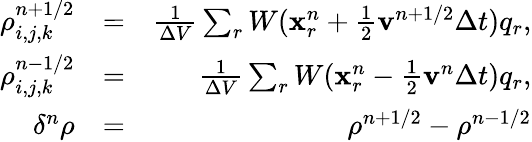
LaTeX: \begin{array}{rlr}{\rho_{i,j,k}^{n+1/2}}&{=}&{\frac{1}{\Delta V}\sum_{r}W(\mathbf{x}_{r}^{n}+\frac{1}{2}\mathbf{v}^{n+1/2}\Delta t)q_{r},}\\ {\rho_{i,j,k}^{n-1/2}}&{=}&{\frac{1}{\Delta V}\sum_{r}W(\mathbf{x}_{r}^{n}-\frac{1}{2}\mathbf{v}^{n}\Delta t)q_{r},}\\ {\delta^{n}\rho}&{=}&{\rho^{n+1/2}-\rho^{n-1/2}}\end{array}